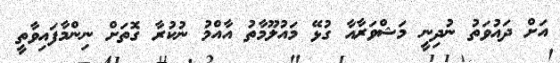
އަށް ދައުވަތު ނުދިނީ މަޝްވަރާއާ ގުޅޭ މައުލޫމާތު އާއްމު ނުކުރާ ގޮތަށް ނިންމާފައިވާތީ